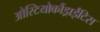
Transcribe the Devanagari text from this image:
ओस्टियोकौंड्राईटिस